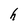
Character: h